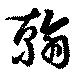
翰